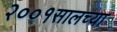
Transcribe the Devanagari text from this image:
२००१सालच्या